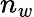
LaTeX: n_{w}